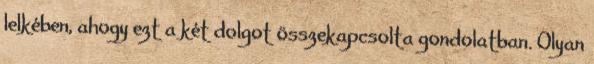
lelkében, ahogy ezt a két dolgot összekapcsolta gondolatban. Olyan